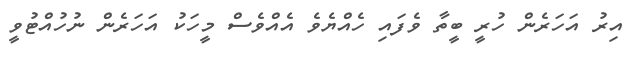
އިރު އަހަރެން ހުރީ ބީތާ ވެފައި ހެއްޔެވެ އެއްވެސް މީހަކު އަަހަރެން ނުހުއްޓުވީ